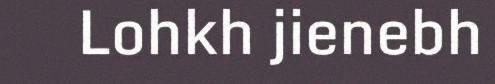
Lohkh jienebh